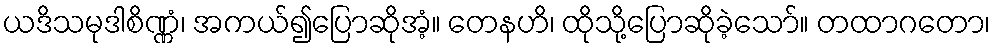
ယဒိသမုဒါစိဏ္ဏံ၊ အကယ်၍ပြောဆိုအံ့။ တေနဟိ၊ ထိုသို့ပြောဆိုခဲ့သော်။ တထာဂတော၊